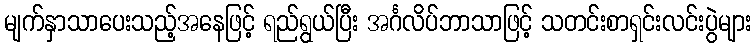
မျက်နှာသာပေးသည့်အနေဖြင့် ရည်ရွယ်ပြီး အင်္ဂလိပ်ဘာသာဖြင့် သတင်းစာရှင်းလင်းပွဲများ